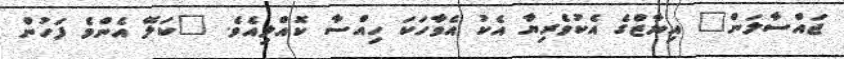
ޖައްސާލަން" އިޔާޒްގެ އެކުވެރިޔާ އެކު އެވާހަކަ ހިއްސާ ކޮއްލިއެވެ. "ކަލޭ އެންމެ ފަހުން